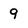
Character: 9